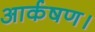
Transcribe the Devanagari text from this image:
आर्कषण।